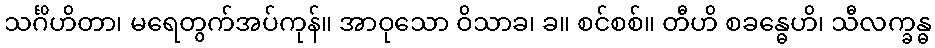
သင်္ဂိဟိတာ၊ မရေတွက်အပ်ကုန်။ အာဝုသော ဝိသာခ၊ ခ။ စင်စစ်။ တီဟိ စခန္ဓေဟိ၊ သီလက္ခန္ဓ